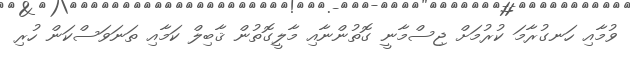
ވުމާއި ހަނގުރާމަ ކުރުމަށް ޖިސްމާނީ ގޮތުންނާއި މާލީގޮތުން ޤާބިލް ކަމާއި ތަނަވަސްކަން ހުރި